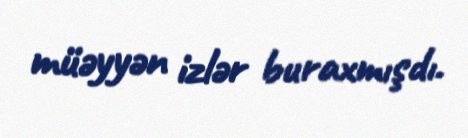
müəyyən izlər buraxmışdı.